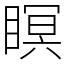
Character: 瞑